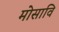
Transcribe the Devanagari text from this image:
मोसावि